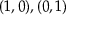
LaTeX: ( 1 , 0 ) , ( 0 , 1 )